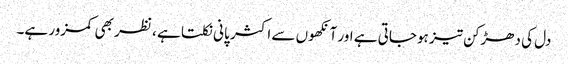
دل کی دھڑکن تیز ہوجاتی ہے اور آنکھوں سے اکثر پانی نکلتا ہے ، نظر بھی کمزور ہے۔